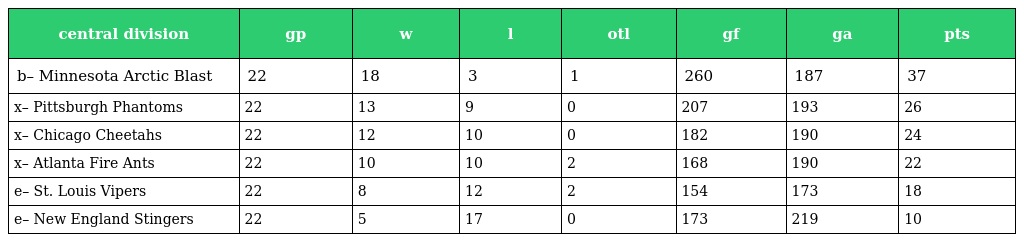
| central division | gp | w | l | otl | gf | ga | pts |
 | --- | --- | --- | --- | --- | --- | --- | --- |
 | b– Minnesota Arctic Blast | 22 | 18 | 3 | 1 | 260 | 187 | 37 |
 | x– Pittsburgh Phantoms | 22 | 13 | 9 | 0 | 207 | 193 | 26 |
 | x– Chicago Cheetahs | 22 | 12 | 10 | 0 | 182 | 190 | 24 |
 | x– Atlanta Fire Ants | 22 | 10 | 10 | 2 | 168 | 190 | 22 |
 | e– St. Louis Vipers | 22 | 8 | 12 | 2 | 154 | 173 | 18 |
 | e– New England Stingers | 22 | 5 | 17 | 0 | 173 | 219 | 10 |